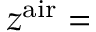
z ^ { \mathrm { a i r } } =